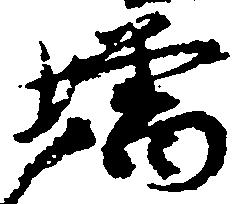
増